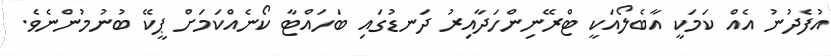
އުފެދުނު އެއް ކަމަކީ އާބެލޯއަކީ ޓްރޭނިންހަދާއިރު ދަނޑުގައި ބަހައްޓާ ކޯނެއްކަމަށް ޕީކޭ ބުނުމުންނެވެ.